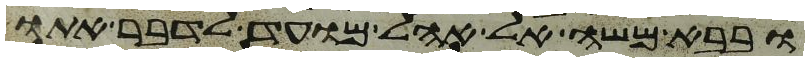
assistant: ובבא משה אל אהל מועד לדבר אתו